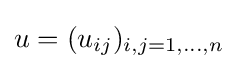
u=(u_{ij})_{i,j=1,\dots ,n}